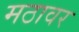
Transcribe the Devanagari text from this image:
मठावर